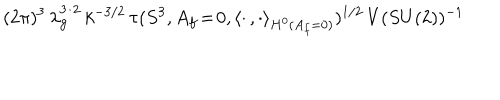
LaTeX: ( 2 \pi ) ^ { 3 } \, \lambda _ { \bf g } ^ { 3 / 2 } \, k ^ { - 3 / 2 } \, \tau ( S ^ { 3 } , A _ { f } \! = \! 0 , \langle \cdot \, , \cdot \rangle _ { H ^ { 0 } ( A _ { f } = 0 ) } ) ^ { 1 / 2 } \, V ( S U ( 2 ) ) ^ { - 1 }